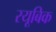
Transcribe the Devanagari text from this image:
रयूबिक